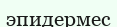
эпидермес